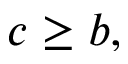
c \ge b ,